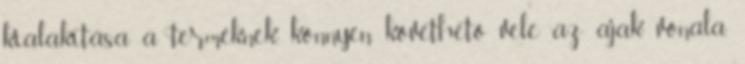
kialakítása a terméknek, könnyen követhető vele az ajak vonala.